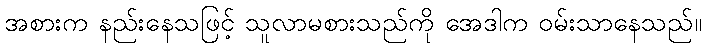
အစားက နည်းနေသဖြင့် သူလာမစားသည်ကို အေဒါက ဝမ်းသာနေသည်။